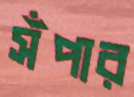
সঁপার